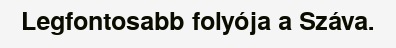
Legfontosabb folyója a Száva.